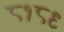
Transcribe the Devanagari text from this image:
८१८९